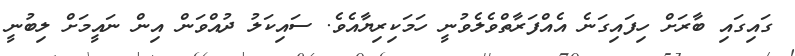
ގައިގައި ބާރަށް ހިފައިގަނެ އެއްފަރާތްވެލެވުނީ ހަމަކިރިޔާއެވެ. ސައިކަލު ދުއްވަން އިން ނައީމަށް ލިބުނީ